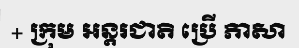
+ ក្រុម អន្តរជាតិ ប្រើ ភាសា